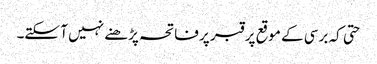
حتی کہ برسی کے موقع پر قبر پر فاتحہ پڑھنے نہیں آ سکتے۔